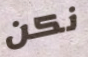
نكن